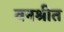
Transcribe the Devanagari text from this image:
वनश्रीत